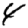
Digit: 4